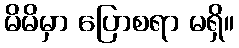
မိမိမှာ ပြောစရာ မရှိ။